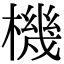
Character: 機